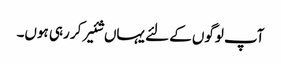
آپ لوگوں کے لئے یہاں شئیر کر رہی ہوں۔